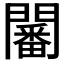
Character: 𨶸